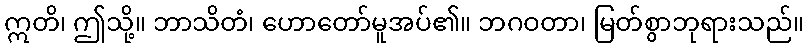
ဣတိ၊ ဤသို့။ ဘာသိတံ၊ ဟောတော်မူအပ်၏။ ဘဂဝတာ၊ မြတ်စွာဘုရားသည်။